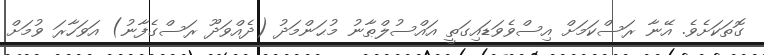
ގޮތަކަށެވެ. އޭނާ ރަސްކަމަށް އިސްވެވަޑައިގަތީ އައްސުލްޠާނު މުޙަންމަދު (ދެއްވަދޫ ރަސްގެފާނު) އަވަހާރަ ވުމަށް